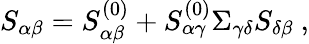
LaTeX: S_{\alpha\beta}=S_{\alpha\beta}^{(0)}+S_{\alpha\gamma}^{(0)}\Sigma_{\gamma\delta}S_{\delta\beta}\ ,